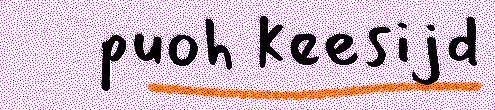
puoh keesijd